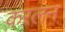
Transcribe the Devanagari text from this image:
करलन